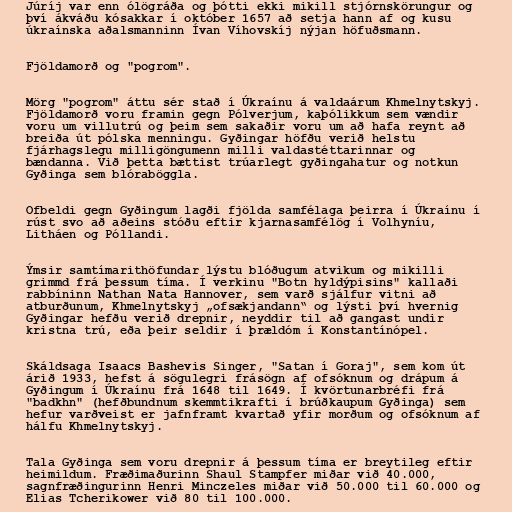
Júríj var enn ólögráða og þótti ekki mikill stjórnskörungur og
því ákváðu kósakkar í október 1657 að setja hann af og kusu
úkraínska aðalsmanninn Ívan Víhovskíj nýjan höfuðsmann.

Fjöldamorð og "pogrom".

Mörg "pogrom" áttu sér stað í Úkraínu á valdaárum Khmelnytskyj.
Fjöldamorð voru framin gegn Pólverjum, kaþólikkum sem vændir
voru um villutrú og þeim sem sakaðir voru um að hafa reynt að
breiða út pólska menningu. Gyðingar höfðu verið helstu
fjárhagslegu milligöngumenn milli valdastéttarinnar og
bændanna. Við þetta bættist trúarlegt gyðingahatur og notkun
Gyðinga sem blóraböggla.

Ofbeldi gegn Gyðingum lagði fjölda samfélaga þeirra í Úkraínu í
rúst svo að aðeins stóðu eftir kjarnasamfélög í Volhyníu,
Litháen og Póllandi.

Ýmsir samtímarithöfundar lýstu blóðugum atvikum og mikilli
grimmd frá þessum tíma. Í verkinu "Botn hyldýpisins" kallaði
rabbíninn Nathan Nata Hannover, sem varð sjálfur vitni að
atburðunum, Khmelnytskyj „ofsækjandann“ og lýsti því hvernig
Gyðingar hefðu verið drepnir, neyddir til að gangast undir
kristna trú, eða þeir seldir í þrældóm í Konstantínópel.

Skáldsaga Isaacs Bashevis Singer, "Satan í Goraj", sem kom út
árið 1933, hefst á sögulegri frásögn af ofsóknum og drápum á
Gyðingum í Úkraínu frá 1648 til 1649. Í kvörtunarbréfi frá
"badkhn" (hefðbundnum skemmtikrafti í brúðkaupum Gyðinga) sem
hefur varðveist er jafnframt kvartað yfir morðum og ofsóknum af
hálfu Khmelnytskyj.

Tala Gyðinga sem voru drepnir á þessum tíma er breytileg eftir
heimildum. Fræðimaðurinn Shaul Stampfer miðar við 40.000,
sagnfræðingurinn Henri Minczeles miðar við 50.000 til 60.000 og
Elias Tcherikower við 80 til 100.000.